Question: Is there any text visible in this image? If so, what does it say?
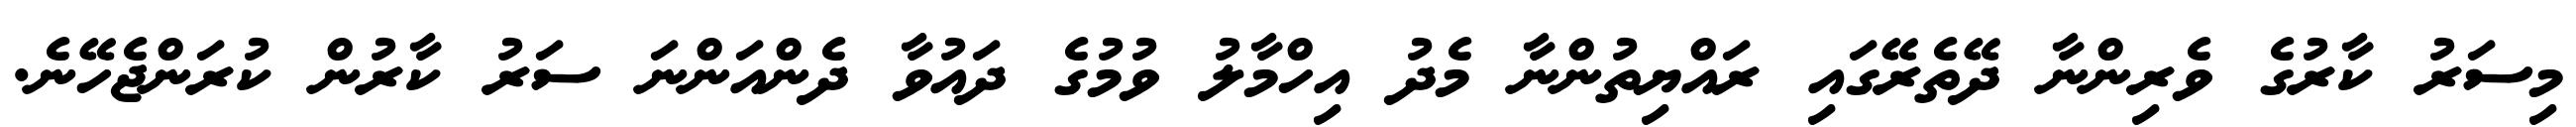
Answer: މިސަރު ކާރުގެ ވެރިންނާ ދޭތެރޭގައި ރައްޔިތުންނާ މެދު އިހްމާލު ވުމުގެ ދައުވާ ދެންއަންނަ ސަރު ކާރުން ކުރަންޖެހޭނެ.